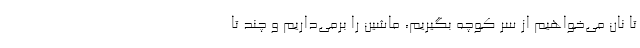
تا نان می‌خواهیم از سر کوچه بگیریم، ماشین را برمی‌داریم و چند تا